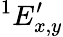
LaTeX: ^{1}E_{x,y}^{\prime}